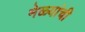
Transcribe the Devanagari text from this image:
मेळ्यांची